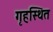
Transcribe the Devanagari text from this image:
गृहस्थित